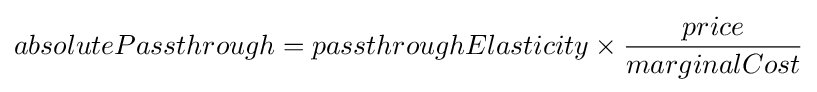
{absolutePassthrough}={passthroughElasticity}\times {\frac {price}{marginalCost}}